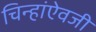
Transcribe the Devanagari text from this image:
चिन्हांऐवजी